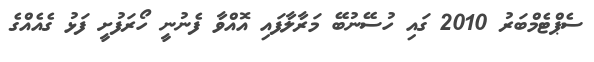
ސެޕްޓެމްބަރު 2010 ގައި ހުސޭނުބޭ މަރާލާފައި އޮއްވާ ފެނުނީ ހޯރަފުށީ ފަޅު ގެއެއްގެ